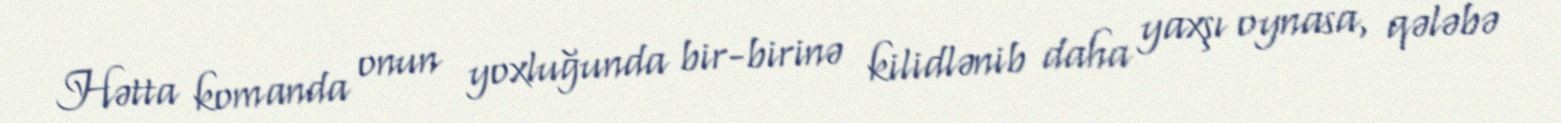
Hətta komanda onun yoxluğunda bir-birinə kilidlənib daha yaxşı oynasa, qələbə